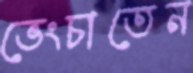
ভেংচাতেন